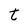
Character: t